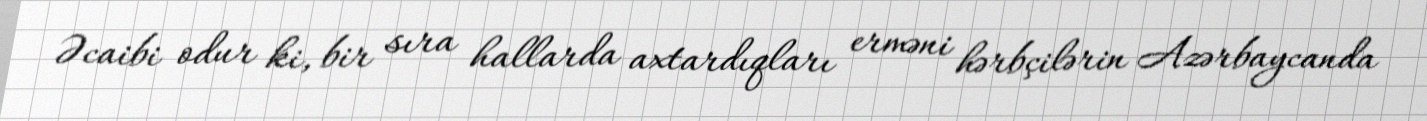
Əcaibi odur ki, bir sıra hallarda axtardıqları erməni hərbçilərin Azərbaycanda